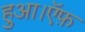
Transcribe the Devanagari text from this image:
हुआ।ऍफ़